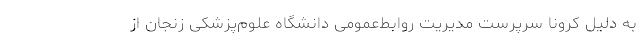
به دلیل کرونا سرپرست مدیریت روابط‌عمومی دانشگاه علوم‌پزشکی زنجان از